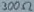
Text: 300Ω